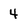
Character: 4